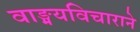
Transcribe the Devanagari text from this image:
वाङ्मयविचाराने